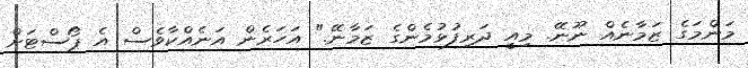
މަންމަގެ ޒަމާނެއް ނޫނޭ. މިއީ ދަރިފުޅުމެންގެ ޒަމާނޭ." އަހަރެން އަނެއްކާވެސް އެ ޕޯސްޓަށް